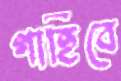
গাহিবে